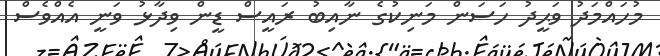
މުހައްމަދު ވަޙީދު ހަސަން މަނިކުގެ ނާއިބު ރައީސް ޑީން ވިދާޅު ވަނީ އެއްވެސް